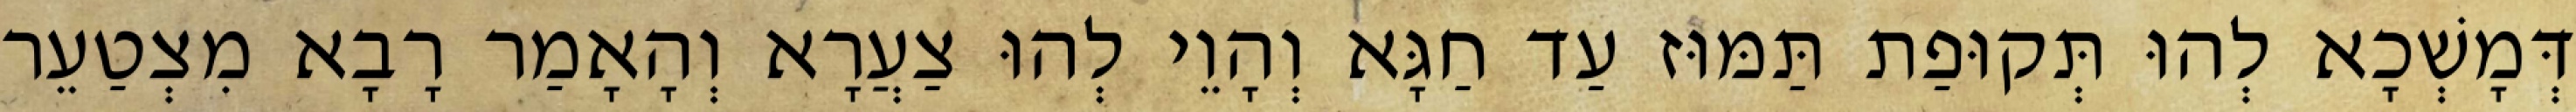
דְּמָשְׁכָא לְהוּ תְּקוּפַת תַּמּוּז עַד חַגָּא וְהָוֵי לְהוּ צַעֲרָא וְהָאָמַר רָבָא מִצְטַעֵר